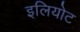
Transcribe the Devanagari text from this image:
इलियोट